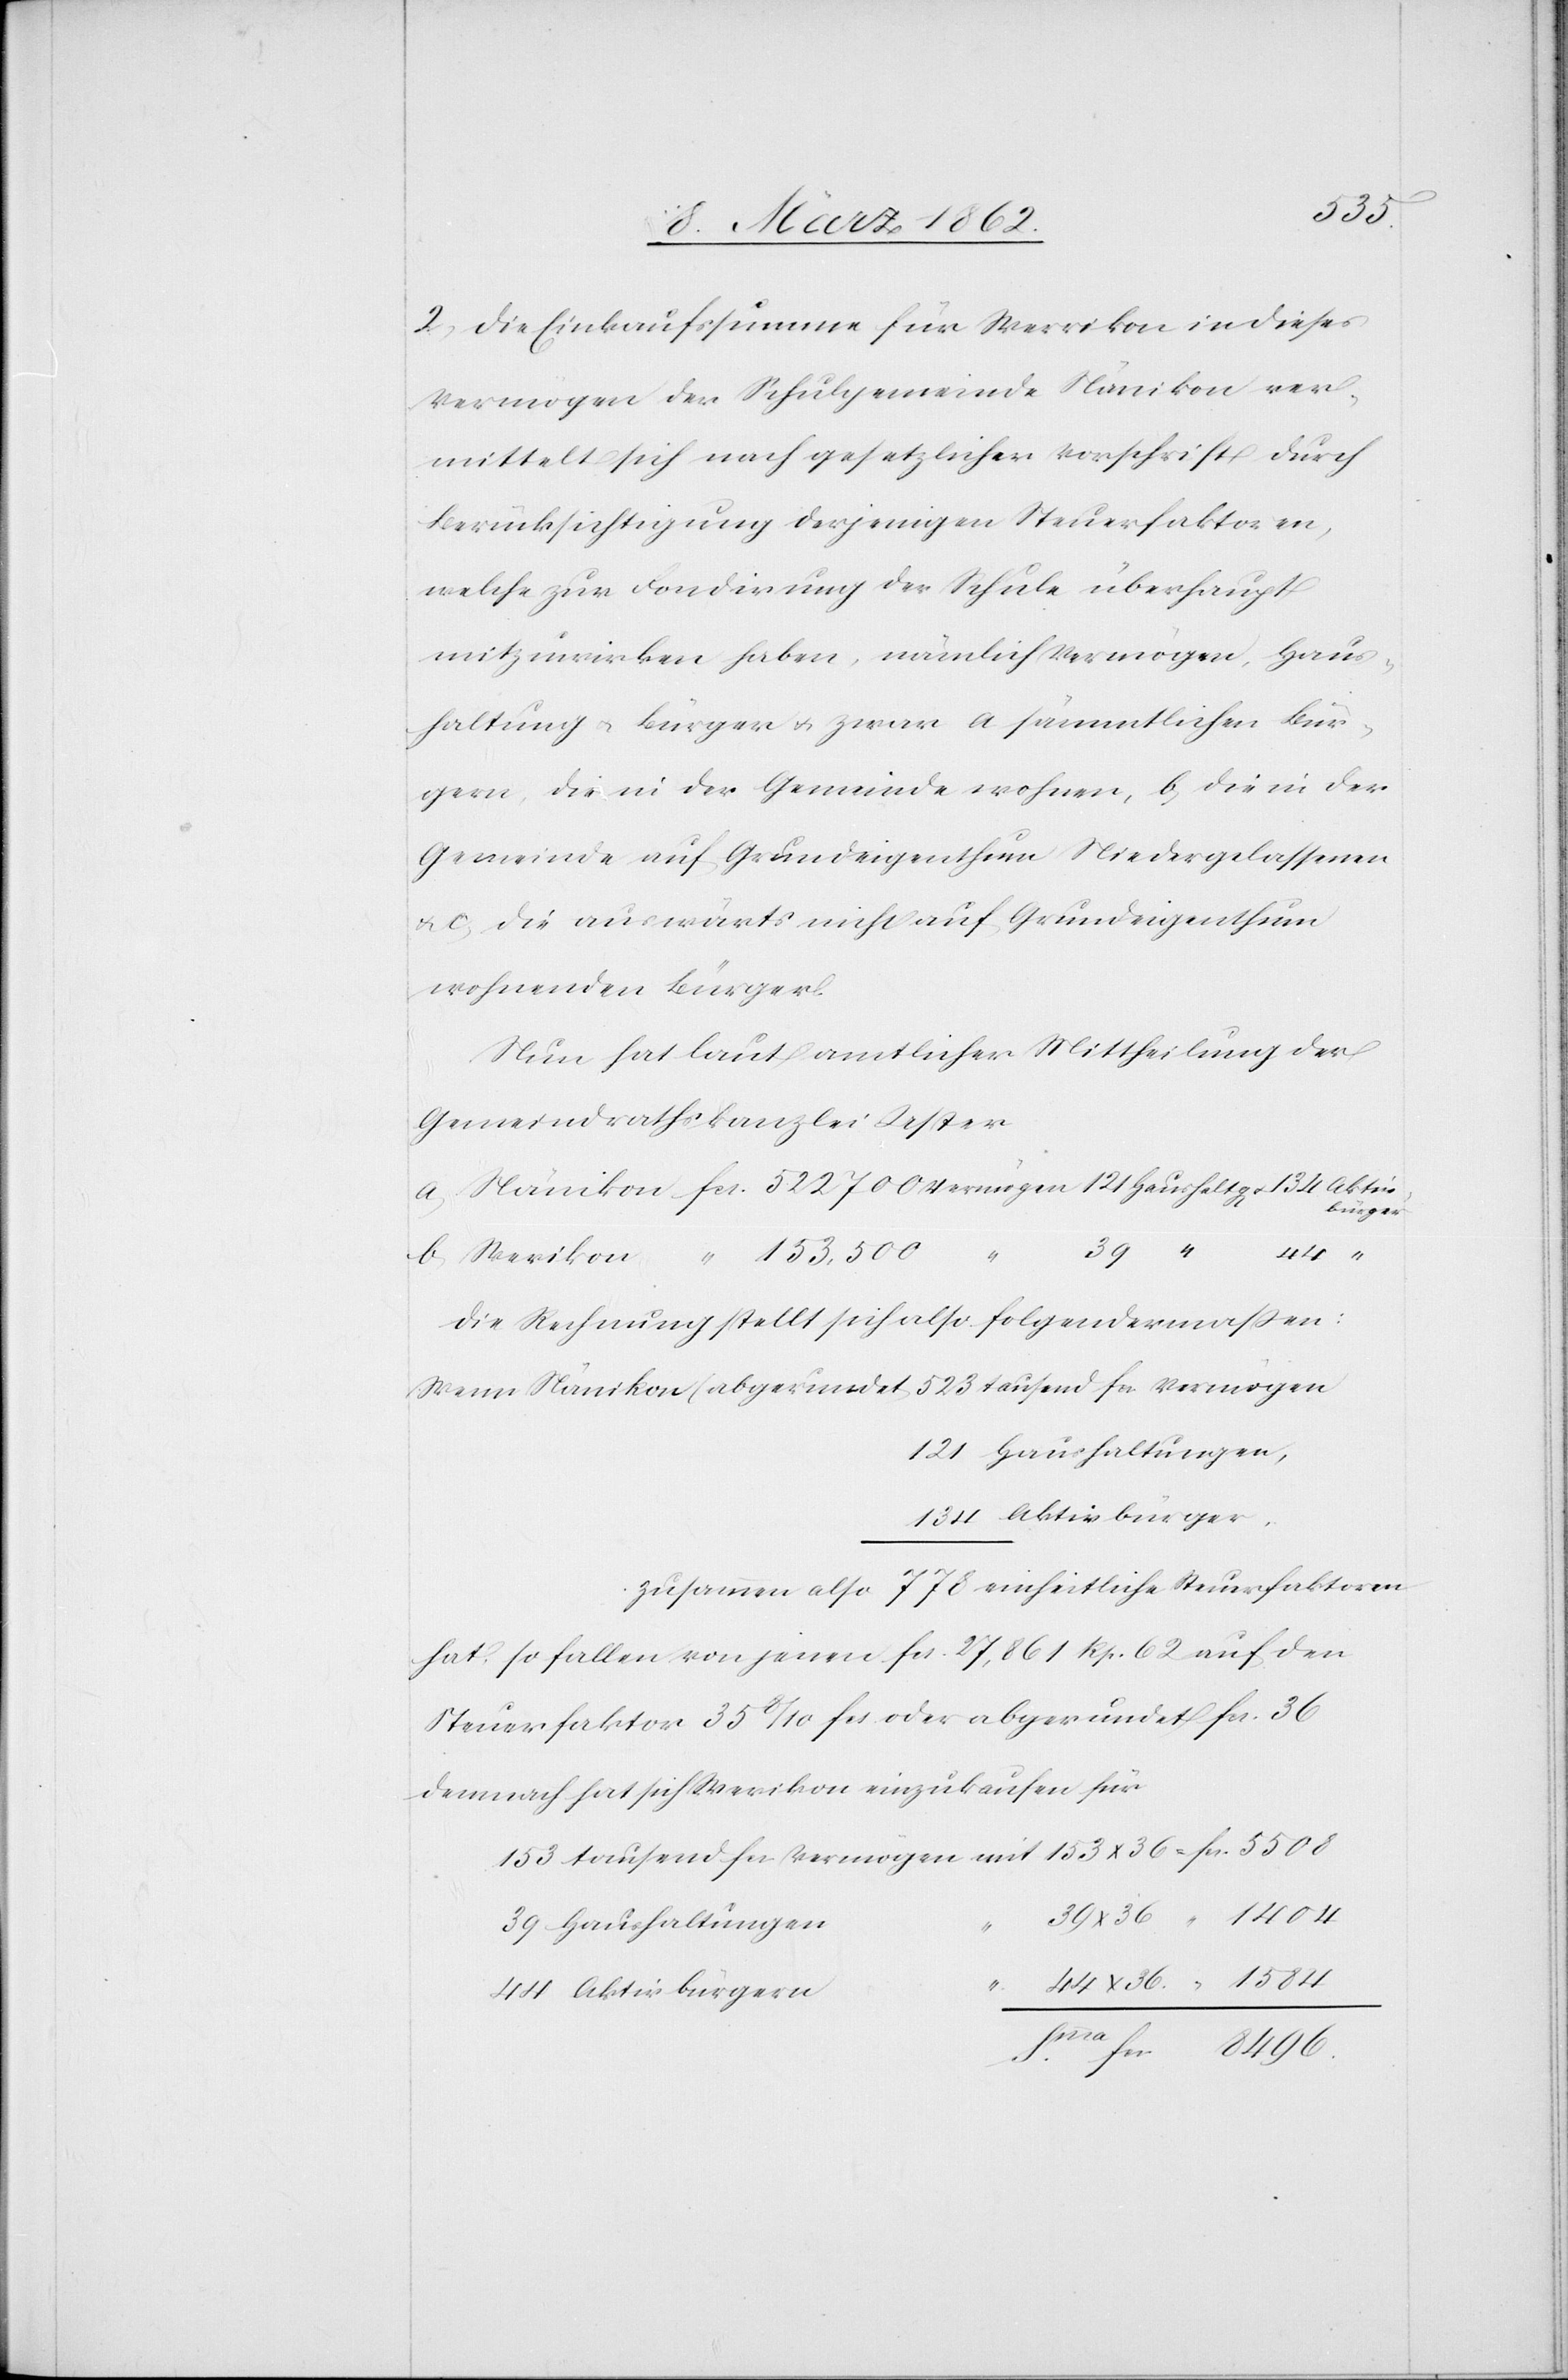
39
2) Die Einkaufssumme für Werrikon in dieses
Vermögen der Schulgemeinde Nänikon ver¬
mittelt sich nach gesetzlicher Vorschrift durch
Berücksichtigung derjenigen Steuerfaktoren,
welche zur Fondirung der Schule überhaupt
mitzuwirken haben, nämlich Vermögen, Haus¬
haltung u. Bürger u. zwar a) sämmtlichen Bür¬
gern, die in der Gemeinde wohnen, b) die in der
Gemeinde auf Grundeigenthum Niedergelassenen
u. c) die auswärts nicht auf Grundeigenthum
wohnenden Bürger.
Nun hat laut amtlicher Mittheilung der
Gemeindrathskanzlei Uster
153 500
b) Werikon
Die Rechnung stellt sich also folgendermaßen:
Wenn Nännikon (abgerundet) 523 tausend fcs. Vermögen
121 Haushaltungen,
134 Aktivbürger,
zusammen also 778 einheitliche Steuerfaktoren
hat, so fallen von jenen fcs. 27,861 Rp. 62 auf den
Steuerfaktor 35 8/10 fcs. oder abgerundet 36
demnach hat sich Werikon einzukaufen für